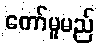
တော်မူမည်